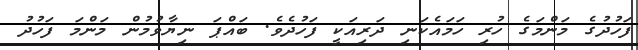
ފަހުދުގެ މަންމަގެ ހުރި ހަމައެކަނި ދަރިއަކީ ފަހުދެވެ. ބައްޕަ ނިޔާވުމުން މަންމަ ފަހުދު